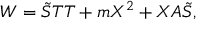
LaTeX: W = \tilde { S } T T + m X ^ { 2 } + X A \tilde { S } ,